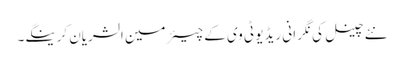
نئے چینل کی نگر انی ریڈیو ٹی وی کے چیئرمین الشریان کرینگے۔